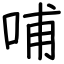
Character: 哺